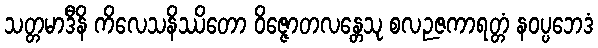
သတ္တမာဒီနိ ကိလေသနိဿိတော ဝိဇ္ဇောတလန္တေသု စလဉဇကာရတ္တံ နဝပ္ပဘေဒံ